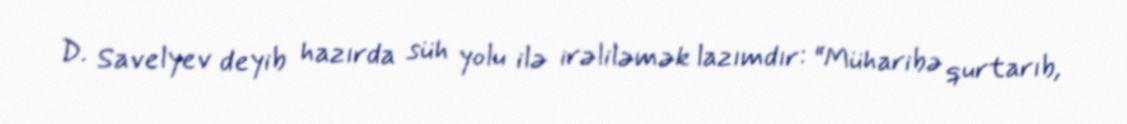
D. Savelyev deyib hazırda süh yolu ilə irəliləmək lazımdır: “Müharibə qurtarıb,